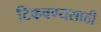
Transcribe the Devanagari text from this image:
टिकवण्यसाठी